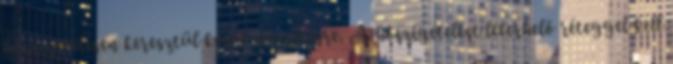
hőszigetelésen keresztül kerül elvezetésre. A hőszigetelést leterhelő réteggel kell